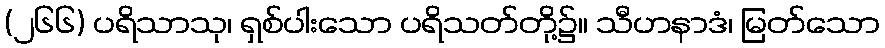
(၂၆၆) ပရိသာသု၊ ရှစ်ပါးသော ပရိသတ်တို့၌။ သီဟနာဒံ၊ မြတ်သော